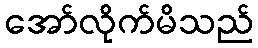
အော်လိုက်မိသည်